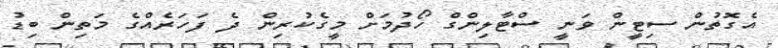
އެގޮތުން ސިޓީން ވަނީ ސްޓާލިންގް ހޯދުމަށް މީގެކުރިން ދެ ފަހަރެއްގެ މަތިން ބިޑު